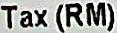
TAX (RM)